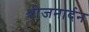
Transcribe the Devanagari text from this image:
श्रीजनार्दन